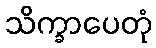
သိက္ခာပေတုံ